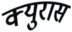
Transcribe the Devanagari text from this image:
क्युरास